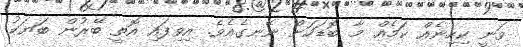
ވަނީ ކިހިނެއް ކަމެއް މާ ބޮޑަކަށް ނޭނގެއެވެ. އިވިފައި އޮތީ ބޭރުން ބަޔަކު